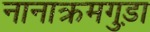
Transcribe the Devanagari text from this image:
नानाक्रमगुड़ा